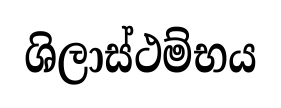
ශිලාස්ථම්භය